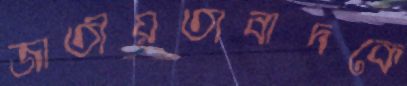
জাতীয়তাবাদকে